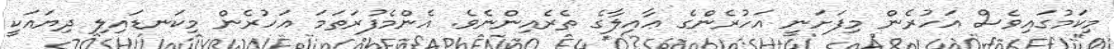
މިކަމުގައިވެސް އަހުރެން މިފަށަނީ އަހުރެންގެ ޢާއިލާގެ ތެރެއިންނެވެ. އެންމެފުރަތަމަ އަހުރެން މިކަނޑައިލި ދިޔައަކީ